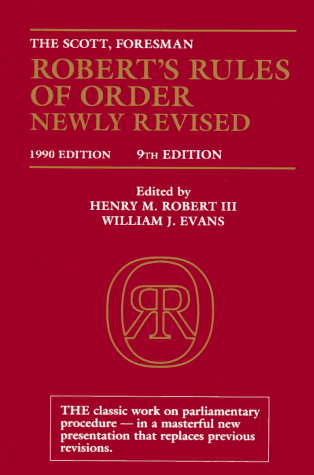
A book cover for Robert's Rules of Order Newly Revised (9th Edition); Henry M. III Robert; Reference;